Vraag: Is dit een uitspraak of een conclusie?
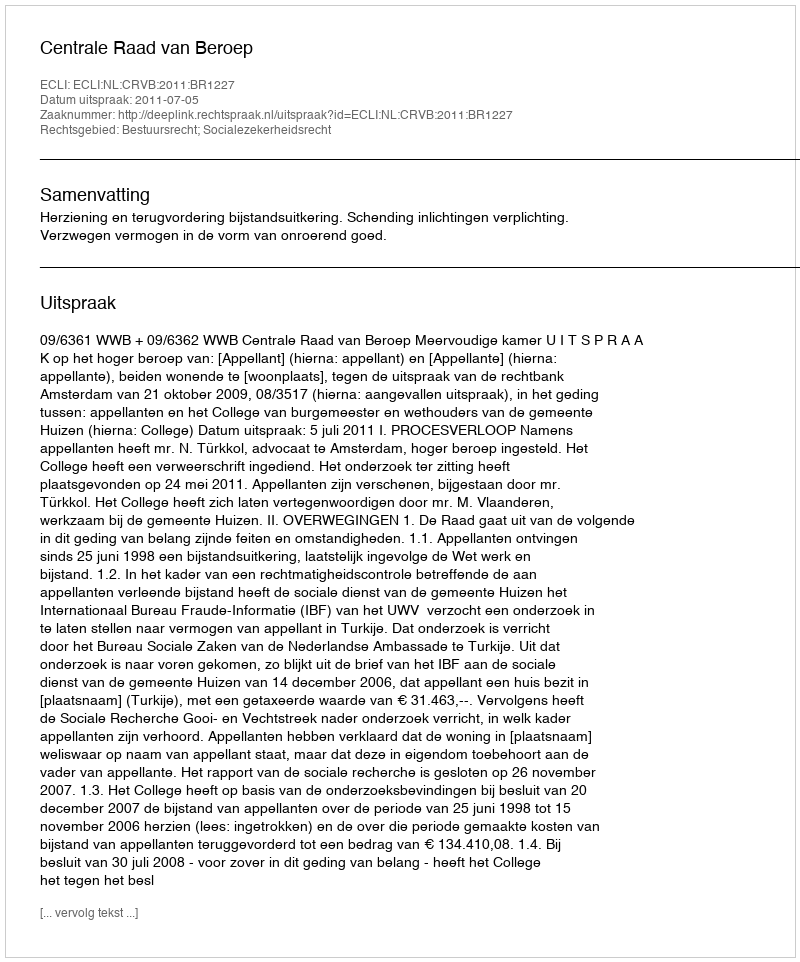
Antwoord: Uitspraak